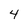
Character: 4